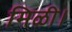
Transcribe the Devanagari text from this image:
मिळी।